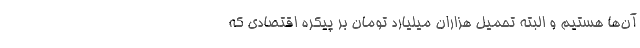
آن‌ها هستیم و البته تحمیل هزاران میلیارد تومان بر پیکره اقتصادی که